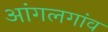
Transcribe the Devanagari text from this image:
आंगलगांव